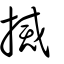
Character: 搣